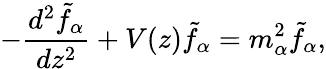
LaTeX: -{\frac{d^{2}\tilde{f}_{\alpha}}{dz^{2}}}+V(z)\tilde{f}_{\alpha}=m_{\alpha}^{2}\tilde{f}_{\alpha},